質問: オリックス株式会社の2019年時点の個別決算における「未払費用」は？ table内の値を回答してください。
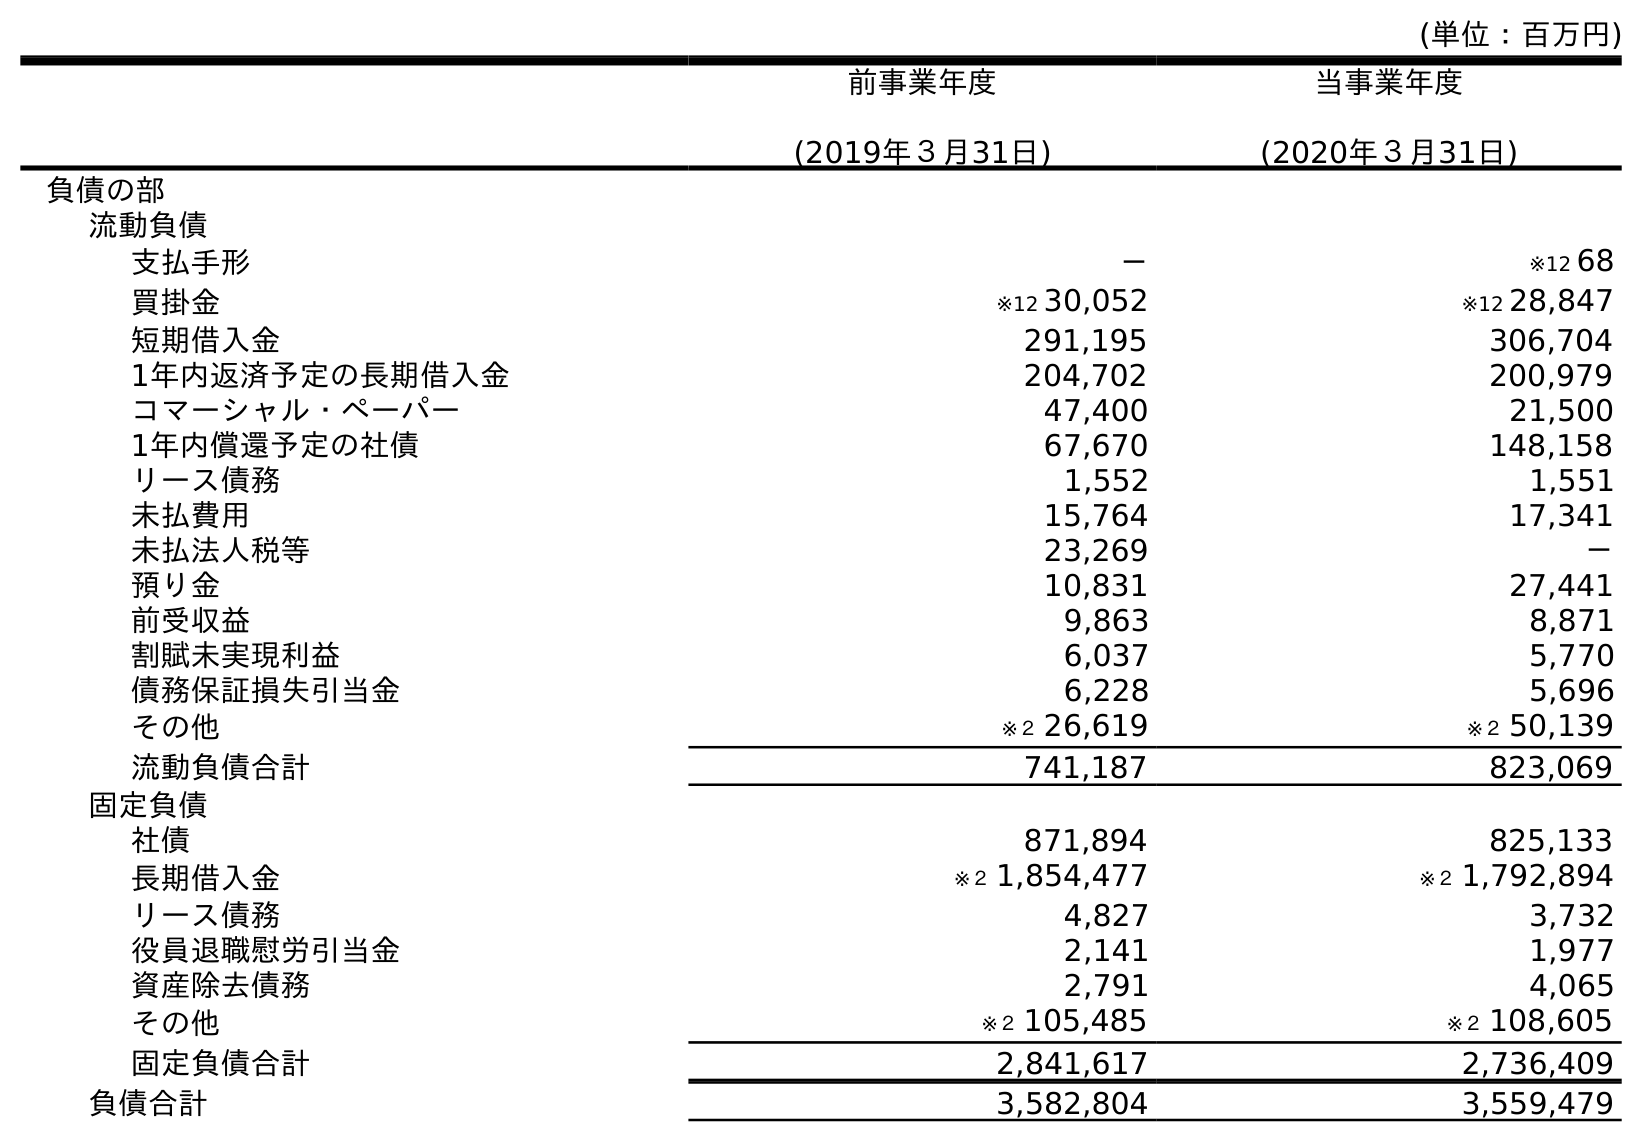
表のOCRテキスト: (単位：百万円) 前事業年度 (2019年３月31日) 当事業年度 (2020年３月31日) 負債の部 流動負債 支払手形 － ※12 68 買掛金 ※12 30,052 ※12 28,847 短期借入金 291,195 306,704 1年内返済予定の長期借入金 204,702 200,979 コマーシャル・ペーパー 47,400 21,500 1年内償還予定の社債 67,670 148,158 リース債務 1,552 1,551 未払費用 15,764 17,341 未払法人税等 23,269 － 預り金 10,831 27,441 前受収益 9,863 8,871 割賦未実現利益 6,037 5,770 債務保証損失引当金 6,228 5,696 その他 ※２ 26,619 ※２ 50,139 流動負債合計 741,187 823,069 固定負債 社債 871,894 825,133 長期借入金 ※２ 1,854,477 ※２ 1,792,894 リース債務 4,827 3,732 役員退職慰労引当金 2,141 1,977 資産除去債務 2,791 4,065 その他 ※２ 105,485 ※２ 108,605 固定負債合計 2,841,617 2,736,409 負債合計 3,582,804 3,559,479
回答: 15,764